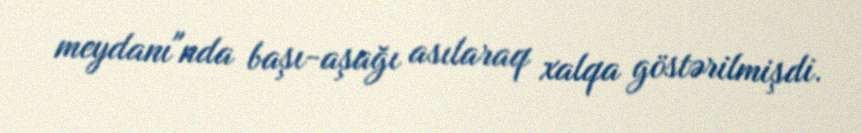
meydanı"nda başı-aşağı asılaraq xalqa göstərilmişdi.